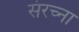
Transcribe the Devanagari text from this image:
संरच्ना